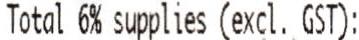
TOTAL 6% SUPPLIES (EXCL. GST):